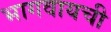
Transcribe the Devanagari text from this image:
भागवायची